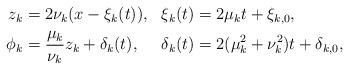
LaTeX: \begin{align*}\begin{aligned}z_k &= 2\nu_k (x-\xi_k(t)), &\xi_k(t) &=2\mu_k t +\xi_{k,0}, \\\phi_k &= {\mu_k \over \nu_k} z_k + \delta_k(t), &\delta_k(t)&=2(\mu_k^2+\nu_k^2) t +\delta_{k,0},\end{aligned}\end{align*}